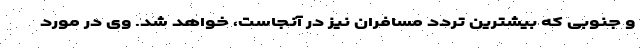
و جنوبی که بیشترین تردد مسافران نیز در آنجاست، خواهد شد. وی در مورد